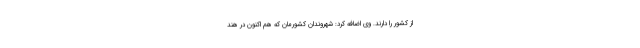
از کشور را دارند. وی اضافه کرد: شهروندان کشورمان که هم اکنون در هند